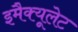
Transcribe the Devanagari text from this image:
इमैक्यूलेट